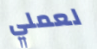
لعملي